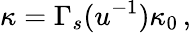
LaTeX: \kappa=\Gamma_{s}(u^{-1})\kappa_{0}\, ,